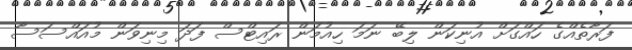
ފަރާތެއްގެ ހައްގަށް އުނިކަން ލިބޭ ނަމަ ހިއުމަން ރައިޓްސް ފަދަ މިނިވަން މުއައްސަސާ